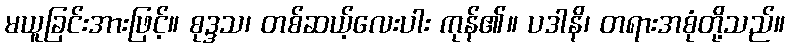
မယူခြင်းအားဖြင့်။ စုဒ္ဒသ၊ တစ်ဆယ့်လေးပါး ကုန်၏။ ပဒါနိ၊ တရားအစုံတို့သည်။